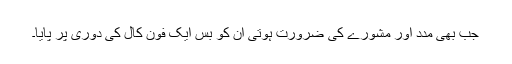
جب بھی مدد اور مشورے کی ضرورت ہوتی ان کو بس ایک فون کال کی دوری پر پایا۔